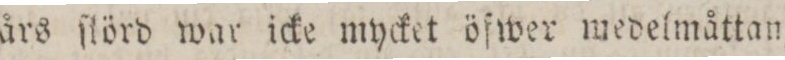
års ſlörd war icke mycket öfwer medelmåttan,